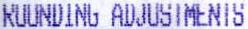
ROUNDING ADJUSTMENTS